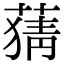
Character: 𦹤